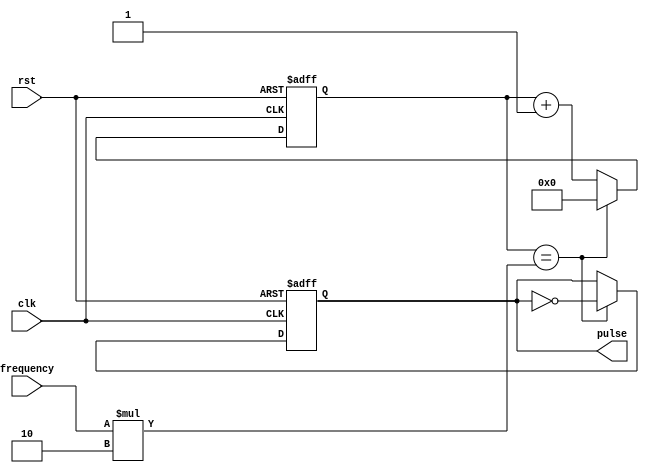
module VariableFrequencyPulseGenerator (
    input wire clk,
    input wire rst,
    input wire [7:0] frequency,
    output reg pulse
);

reg [15:0] counter;

always @ (posedge clk or posedge rst) begin
    if (rst) begin
        counter <= 0;
        pulse <= 0;
    end else begin
        if (counter == frequency * 2) begin
            counter <= 0;
            pulse <= ~pulse;
        end else begin
            counter <= counter + 1;
        end
    end
end

endmodule